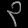
Digit: ၃